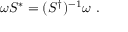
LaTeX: \omega S ^ { * } = ( S ^ { \dagger } ) ^ { - 1 } \omega ~ .